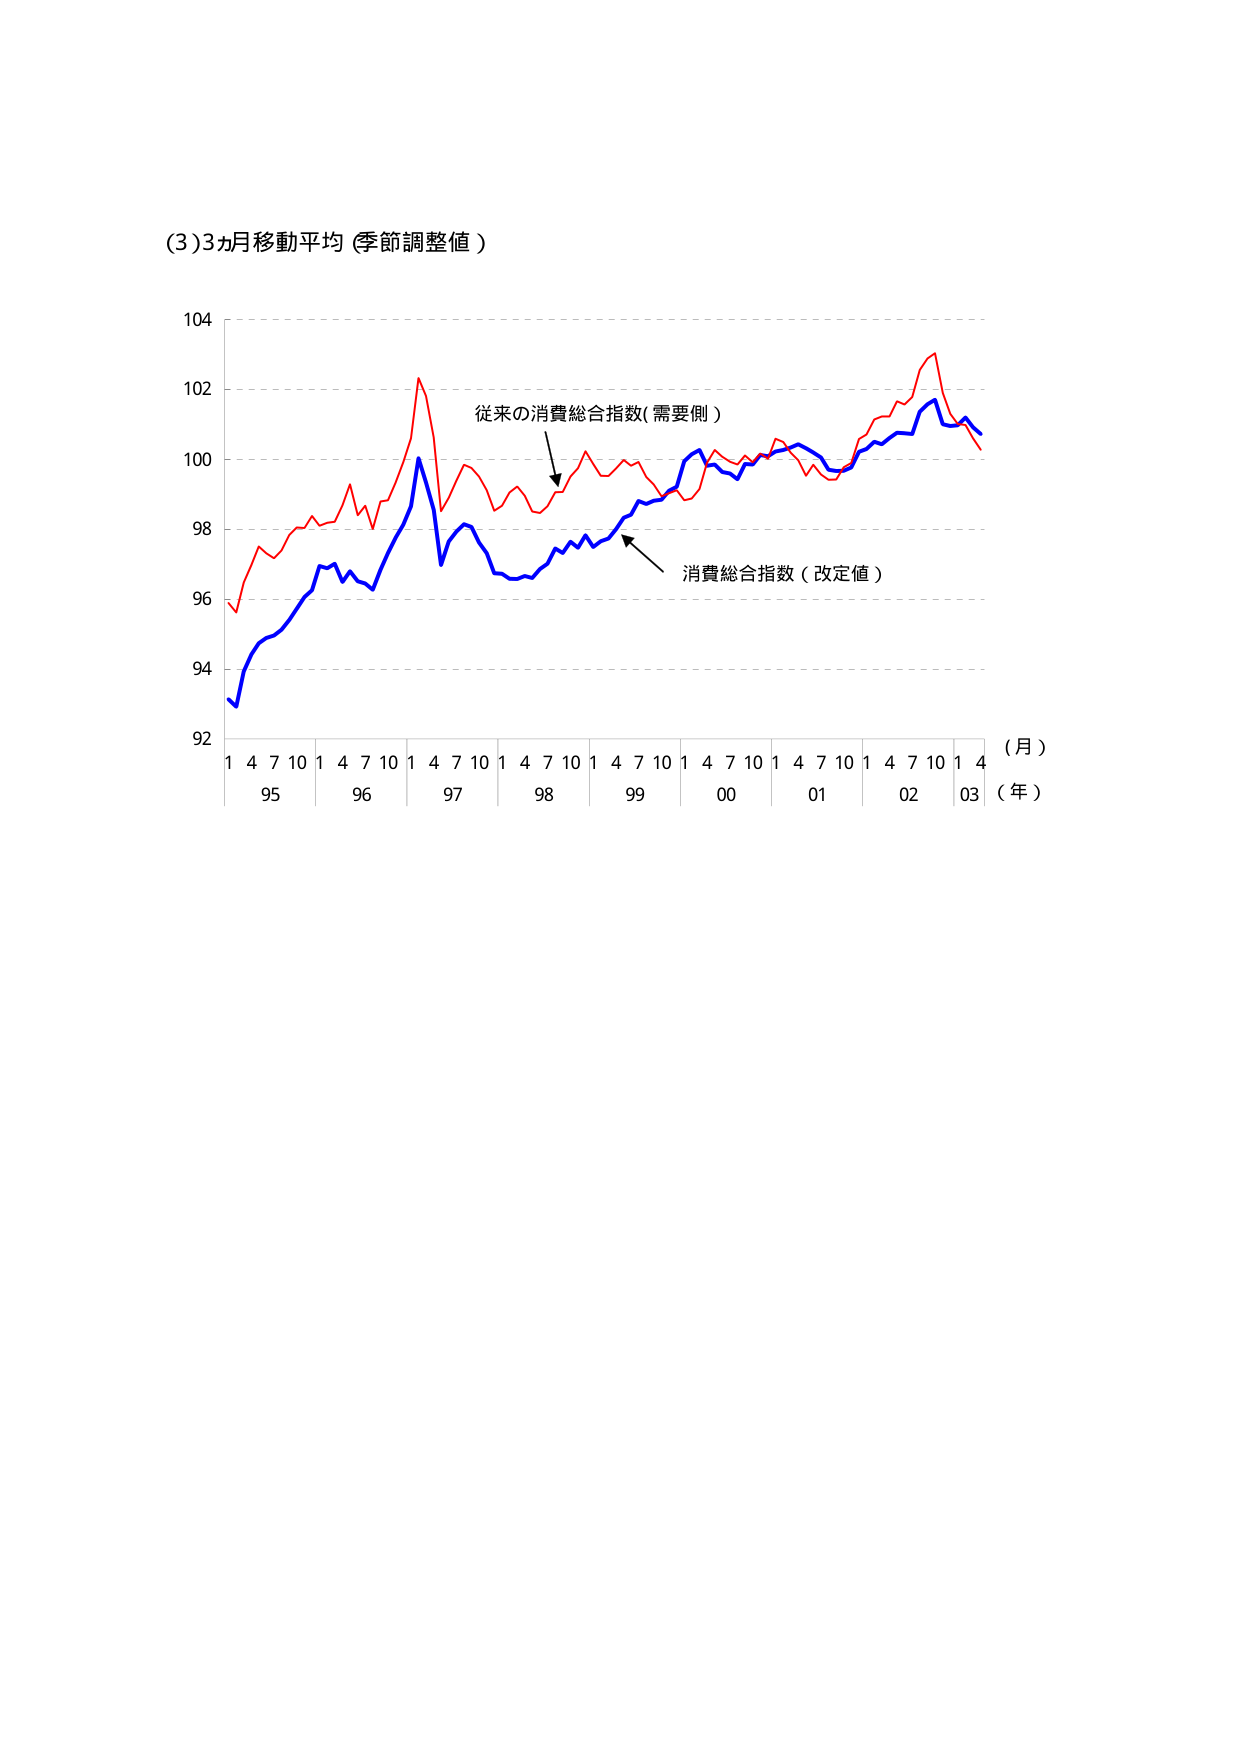
(3) 3ヵ月移動平均（季節調整値）

104
102
100
98
96
94
92

1 4 7 10 1 4 7 10 1 4 7 10 1 4 7 10 1 4 7 10 1 4 7 10 1 4 7 10 1 4
95 96 97 98 99 00 01 02 03

（月）
（年）

従来の消費総合指数（需要側）
消費総合指数（改定値）